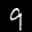
Label: 9